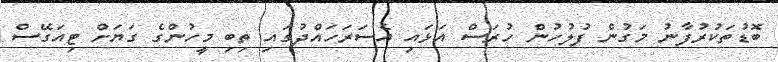
ބޮޑުތަކުރުފާނު މަގުން ފުލުހުން ހުރަސް އަޅައި އެސަރަހައްދުގައި ތިބި މީހުންގެ ގަޔަށް ޓިއަގޭސް